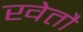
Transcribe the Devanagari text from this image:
खेतौ